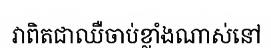
វាពិតជាឈឺចាប់ខ្លាំងណាស់នៅ